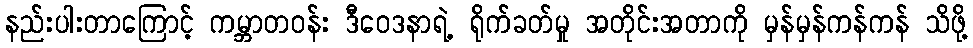
နည်းပါးတာကြောင့် ကမ္ဘာတဝန်း ဒီဝေဒနာရဲ့ ရိုက်ခတ်မှု အတိုင်းအတာကို မှန်မှန်ကန်ကန် သိဖို့